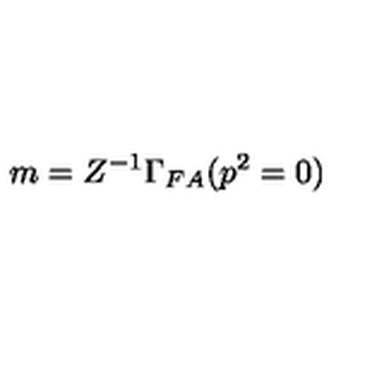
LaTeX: m = Z ^ { - 1 } \Gamma _ { F A } ( p ^ { 2 } = 0 )